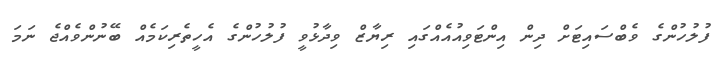
ފުލުހުންގެ ވެބްސައިޓަށް ދިން އިންޓަވިއުއެއްގައި ރިޔާޒް ވިދާޅުވީ ފުލުހުންގެ އެހީތެރިކަމެއް ބޭނުންވެއްޖެ ނަމަ